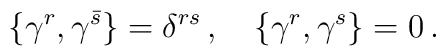
\{ \gamma^r, \gamma^{\bar s} \} = \delta^{r s}\, ,\quad \{ \gamma^r, \gamma^s \} = 0\, .